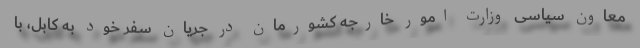
معاون سیاسی وزارت امور خارجه کشورمان در جریان سفر خود به کابل، با